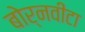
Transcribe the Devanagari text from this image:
बोर्नवीटा